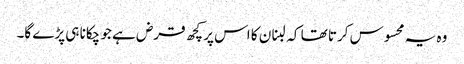
وہ یہ محسوس کرتا تھا کہ لبنان کا اس پر کچھ قرض ہے جو چکانا ہی پڑے گا۔